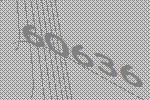
60636